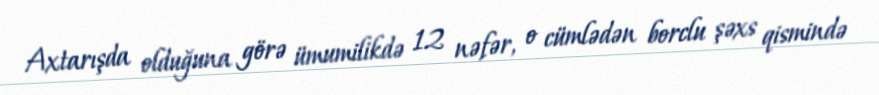
Axtarışda olduğuna görə ümumilikdə 12 nəfər, o cümlədən borclu şəxs qismində